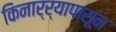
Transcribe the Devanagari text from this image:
किनार्र्यापासून